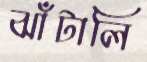
ঝাঁটালি